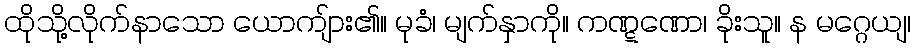
ထိုသို့လိုက်နာသော ယောကျ်ား၏။ မုခံ၊ မျက်နှာကို။ ကဏ္ဋဏော၊ ခိုးသူ။ န မဂ္ဂေယျ၊